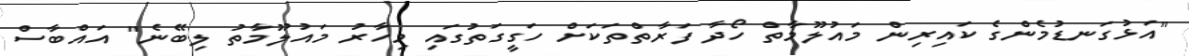
"އަޅުގަނޑުމެންގެ ކައިރިން މައުލޫމާތް ހޯދާ ފަރާތްތަކަށް ހަގީގަތުގައި މިހާރު މައުލޫމާތު ލިބޭނެ" އައްބާސް